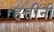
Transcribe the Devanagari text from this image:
हत्तींनी